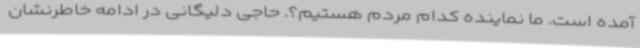
آمده است. ما نماینده کدام مردم هستیم؟. حاجی دلیگانی در ادامه خاطرنشان